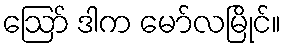
ဪ ဒါက မော်လမြိုင်။